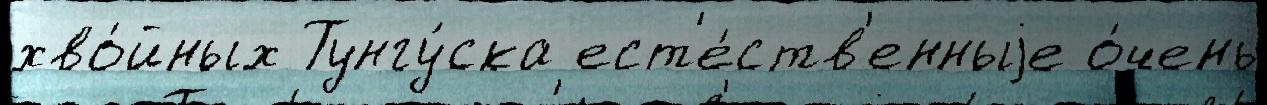
хво́йных Тунгу́ска ест'е́ств'енныjе о́чень